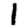
Digit: 1